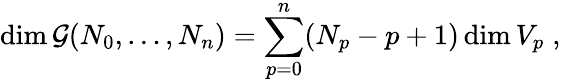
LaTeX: \textrm{dim}\, \mathcal{G}(N_{0},\ldots,N_{n})=\sum_{p=0}^{n}(N_{p}-p+1)\, \textrm{dim}\, V_{p}\; ,